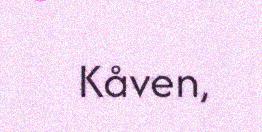
Kåven,